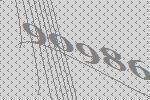
90986